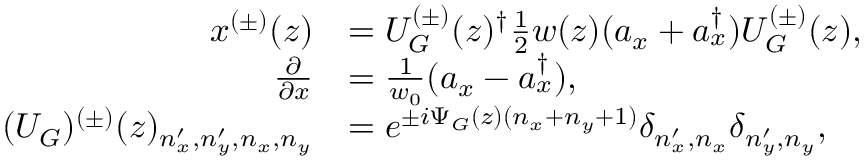
\begin{array} { r l } { x ^ { ( \pm ) } ( z ) } & { = U _ { G } ^ { ( \pm ) } ( z ) ^ { \dag } \frac { 1 } { 2 } w ( z ) ( a _ { x } + a _ { x } ^ { \dag } ) U _ { G } ^ { ( \pm ) } ( z ) , } \\ { \frac { \partial } { \partial x } } & { = \frac { 1 } { w _ { 0 } } ( a _ { x } - a _ { x } ^ { \dag } ) , } \\ { ( U _ { G } ) ^ { ( \pm ) } ( z ) _ { n _ { x } ^ { \prime } , n _ { y } ^ { \prime } , n _ { x } , n _ { y } } } & { = e ^ { \pm i \Psi _ { G } ( z ) ( n _ { x } + n _ { y } + 1 ) } \delta _ { n _ { x } ^ { \prime } , n _ { x } } \delta _ { n _ { y } ^ { \prime } , n _ { y } } , } \end{array}